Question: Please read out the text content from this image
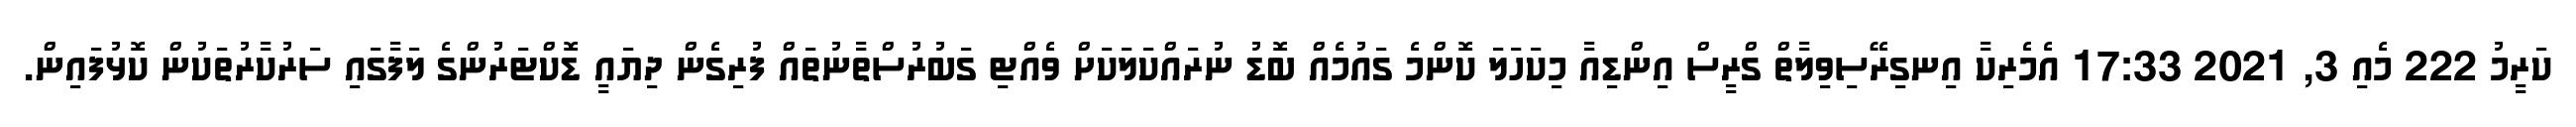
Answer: ކަރީމު 222 މެއި 3, 2021 17:33 އެމެރިކާ އިނގިރޭސިވިލާތް ގްރީސް އިންޑިއާ މިކަހަލަ ކޮންމެ ގައުމެއް ބޮޑު ނުރައްކަލަކަށް ވެއްޓި ގަބުރުސްތާނުތައް ފުރިގެން ދިޔައީ ޑޮކްޓަރުންގެ ލަފާގައި ސަރުކާރުތަކުން ކޮޅުފައިން.